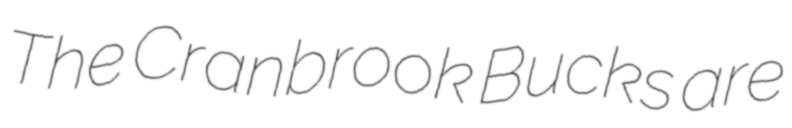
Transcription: The Cranbrook Bucks are